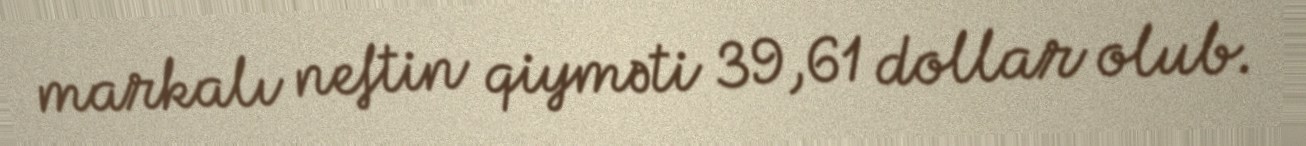
markalı neftin qiyməti 39,61 dollar olub.